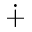
\dotplus